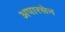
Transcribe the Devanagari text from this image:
अपारसेन